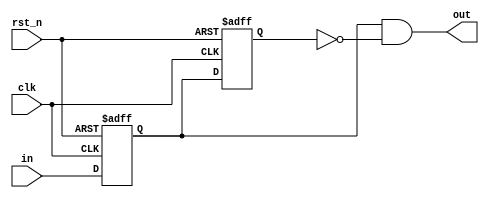
module red (
    input clk,
    input rst_n,
    input in,
    output out
);

    // rising edge detector
    // on 0->1 flip generate out signal

    reg ff1_next, ff1_reg; // newer
    reg ff2_next, ff2_reg; // older

    assign out = ff1_reg & ~ff2_reg;
    // newer = 1 and older = 0

    always @(posedge clk, negedge rst_n) begin
        if(!rst_n) begin
            ff1_reg <= 1'b0;
            ff2_reg <= 1'b0;
        end else begin
            ff1_reg <= ff1_next;
            ff2_reg <= ff2_next;

        end
    end

    always @(*) begin
        ff1_next = in; // the newest input
        ff2_next = ff1_reg; // become older
        
    end

endmodule